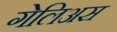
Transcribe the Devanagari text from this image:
गेलिअस